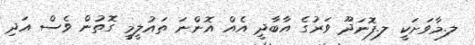
ލ.މާވަށަކީ ލ.ފޮނަދޫ ވަރުގެ އާބާދީ އެެއް އޮންނަ ތައުލީމީ ގޮތުން ވެސް އަދި